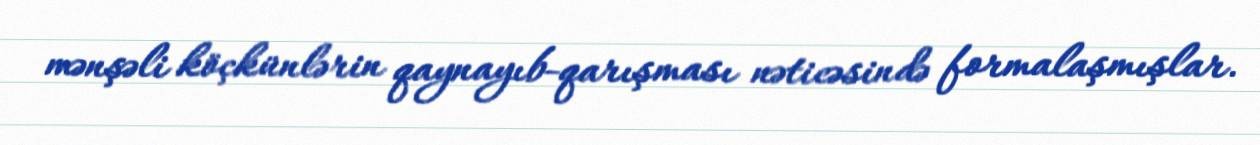
mənşəli köçkünlərin qaynayıb-qarışması nəticəsində formalaşmışlar.